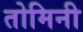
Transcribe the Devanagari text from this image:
तोमिनी